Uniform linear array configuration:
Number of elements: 12
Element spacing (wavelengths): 0.5
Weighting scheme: binomial
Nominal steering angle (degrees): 30
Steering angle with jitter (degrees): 31.927
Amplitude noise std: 0.05
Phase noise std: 0.05

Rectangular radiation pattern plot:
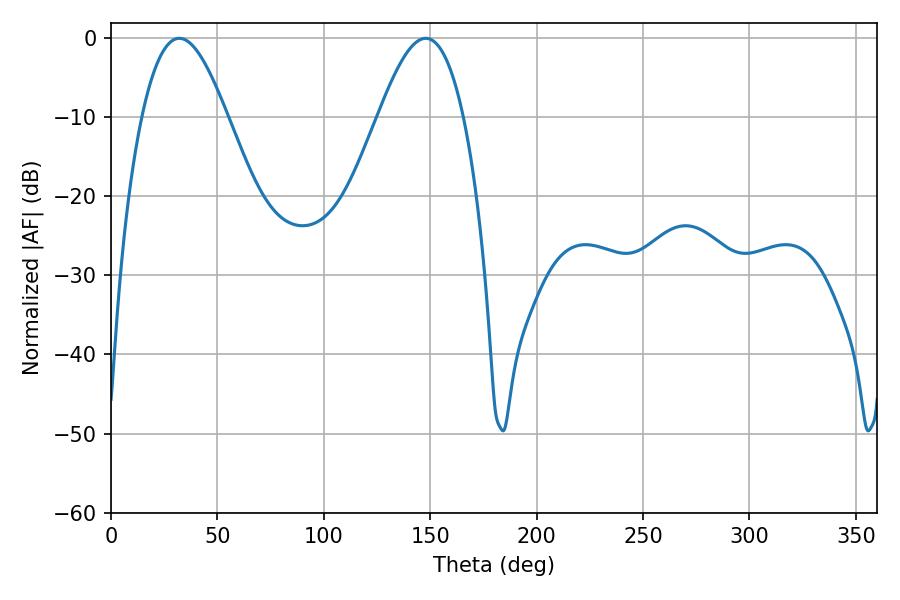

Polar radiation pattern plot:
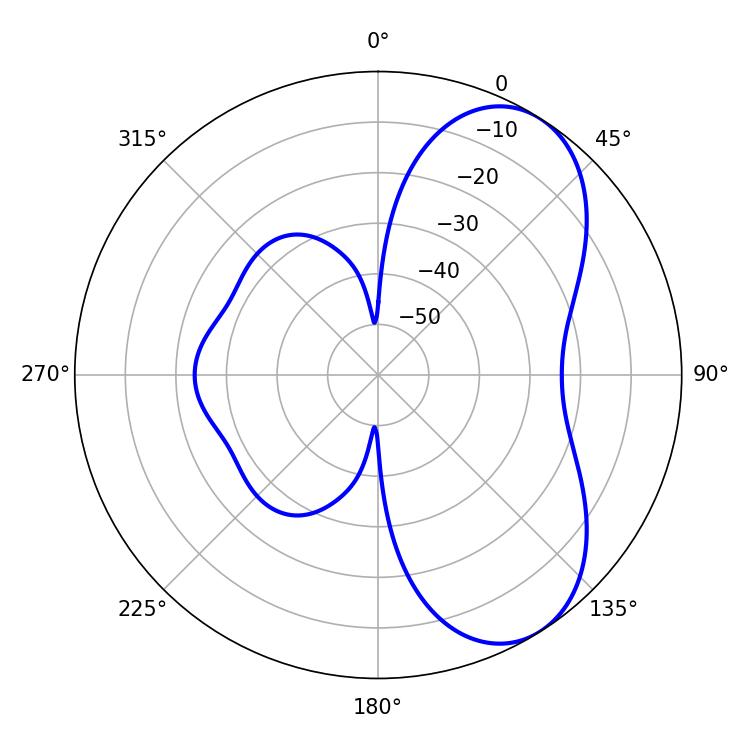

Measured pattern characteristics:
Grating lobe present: FALSE
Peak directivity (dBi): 6.455
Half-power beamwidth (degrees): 21.78
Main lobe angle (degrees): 32.04